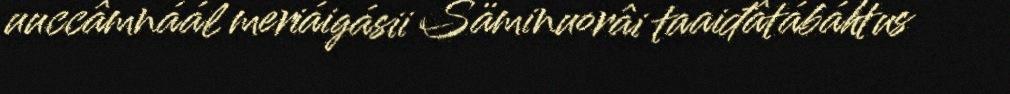
uuccâmnáál meriáigásii Säminuorâi taaiđâtábáhtus